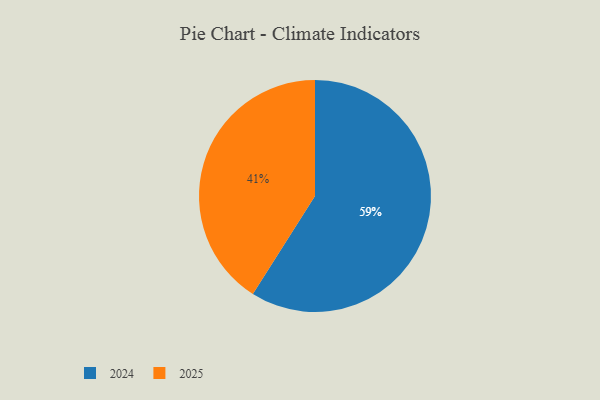
{"axis": {"x": "Category", "y": "Percentage"}, "legend": ["2024", "2025"], "data": [{"x": "2025", "y": 41, "type": "2025"}, {"x": "2024", "y": 59, "type": "2024"}]}